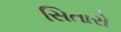
સિતારો